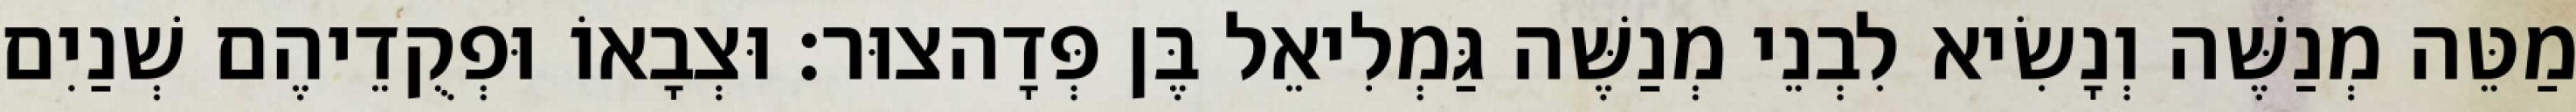
מַטֵּה מְנַשֶּׁה וְנָשִׂיא לִבְנֵי מְנַשֶּׁה גַּמְלִיאֵל בֶּן פְּדָהצוּר׃ וּצְבָאוֹ וּפְקֻדֵיהֶם שְׁנַיִם